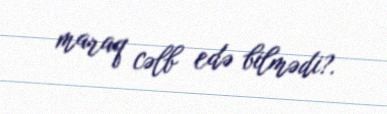
maraq cəlb edə bilmədi?.